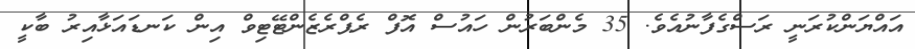
އައްޔަންކުރަނީ ރަސްގެފާނުއެވެ. 35 މެންބަރުން ހައުސް އޮފް ރެޕްރެޒެންޓޭޓިވް އިން ކަނޑައަޅާއިރު ބާކީ